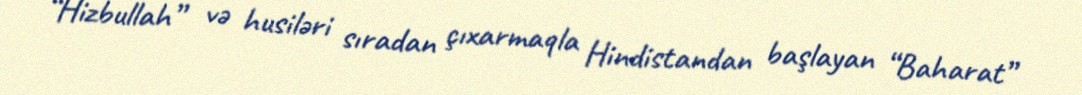
“Hizbullah” və husiləri sıradan çıxarmaqla Hindistandan başlayan “Baharat”